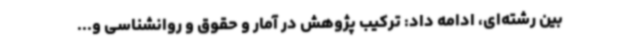
بین رشته‌ای، ادامه داد: ترکیب پژوهش در آمار و حقوق و روانشناسی و...